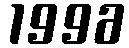
1996